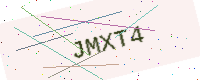
Text: JMXT4